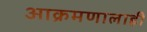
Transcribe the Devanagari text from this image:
आक्रमणालाही